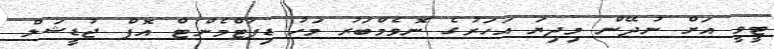
ޓީވީ އަށް ނުދޭން މިދިޔަ އަހަރުގެ ނޮވެމްބަރު މަހު ޑިޕާޓްމެންޓް އޮފް ޖުޑީޝަލް